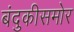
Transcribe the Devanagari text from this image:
बंदुकीसमोर